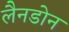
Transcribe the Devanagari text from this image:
लैनडोन